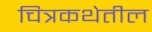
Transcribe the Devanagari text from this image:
चित्रकथेतील